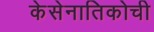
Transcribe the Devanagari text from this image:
केसेनातिकोची